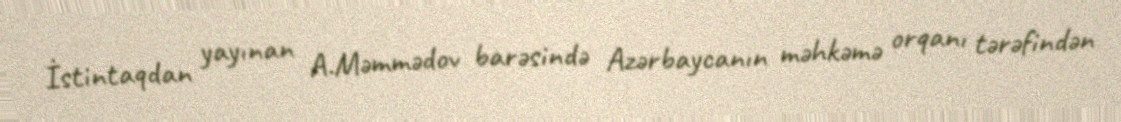
İstintaqdan yayınan A.Məmmədov barəsində Azərbaycanın məhkəmə orqanı tərəfindən